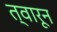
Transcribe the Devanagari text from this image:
त्वारून